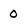
Character: 0